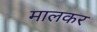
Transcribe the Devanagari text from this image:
मालकर